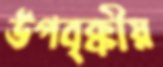
উপবৃক্কীয়